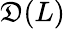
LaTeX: \mathfrak{D}(L)